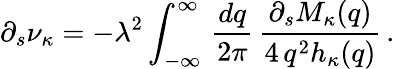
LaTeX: \partial_{s}\nu_{\kappa}=-\lambda^{2}\int_{-\infty}^{\infty}\, \frac{dq}{2\pi}\, \frac{\partial_{s}M_{\kappa}(q)}{4\, q^{2}h_{\kappa}(q)}\, .